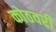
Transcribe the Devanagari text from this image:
कोठवरी